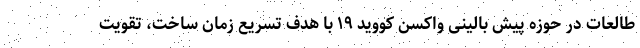
طالعات در حوزه پیش بالینی واکسن کووید ۱۹ با هدف تسریع زمان ساخت، تقویت